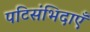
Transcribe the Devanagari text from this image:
पटिसंभिदाएँ